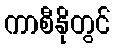
ကာစီနိုတွင်